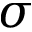
\sigma